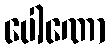
ပေါဏော